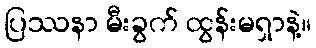
ပြဿနာ မီးခွက် ထွန်းမရှာနဲ့။